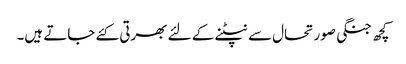
کچھ جنگی صورتحال سے نپٹنے کے لئے بھرتی کئے جاتے ہیں۔